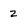
Character: 2